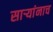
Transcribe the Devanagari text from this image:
सार्‍यांनाच